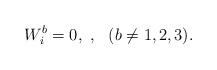
LaTeX: \begin{align*}W^b_i = 0, \ , \ \ (b \ne 1,2,3).\end{align*}